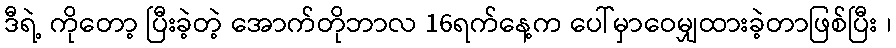
ဒီရဲ့ ကိုတော့ ပြီးခဲ့တဲ့ အောက်တိုဘာလ 16ရက်နေ့က ပေါ်မှာဝေမျှထားခဲ့တာဖြစ်ပြီး ၊